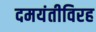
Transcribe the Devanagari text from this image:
दमयंतीविरह